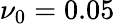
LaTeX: \nu_{0}=0.05